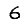
Digit: 6